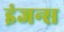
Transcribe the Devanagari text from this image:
इंजन्स